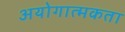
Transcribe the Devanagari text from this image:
अयोगात्मकता